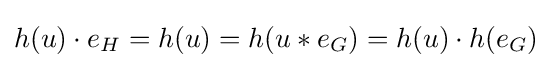
h(u)\cdot e_{H}=h(u)=h(u*e_{G})=h(u)\cdot h(e_{G})